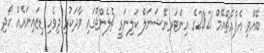
ބޭއްވި އެފްއެޗްއޭމް 2021ގެ އިންޓަރނޭޝަނަލް ކަލިނަރީ ޗެލެންޖްގައި ވާދަކުރި ދިވެހި ޑިޒައިނަރެއް ހޯދި